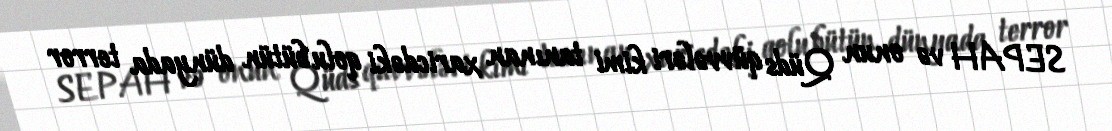
SEPAH və onun Qüds qüvvələri kimi tanınan xaricdəki qolu bütün dünyada terror